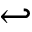
\hookleftarrow